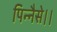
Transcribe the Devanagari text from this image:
पिन्नैसे।।